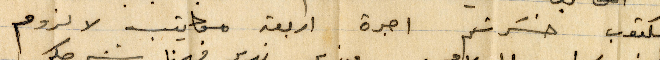
المكتوب حسرتم اجرة أربعة مكاتيب لا لزوم